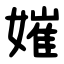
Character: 㜠